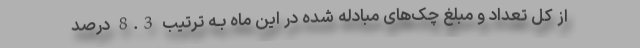
از کل تعداد و مبلغ چک‌های مبادله شده در این ماه بـه ترتیب 8.3 درصد